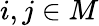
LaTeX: i,j\in M